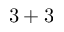
3 + 3